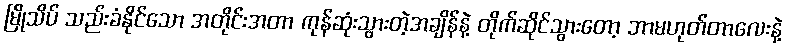
မြိုသိပ် သည်းခံနိုင်သော အတိုင်းအတာ ကုန်ဆုံးသွားတဲ့အချိန်နဲ့ တိုက်ဆိုင်သွားတော့ ဘာမဟုတ်တာလေးနဲ့